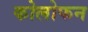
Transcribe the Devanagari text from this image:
कोलोफन